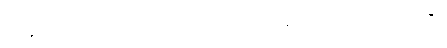
မည်၏။ ယံ၊ အကြင်သဘောတရားသည်။ ဒုက္ခံ၊ မည်၏။ တံ၊ သည်။ ဘယံ၊ မည်၏။